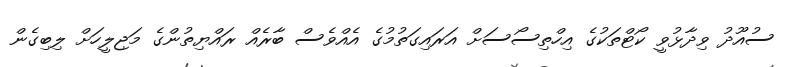
ސުއޫދު ވިދާޅުވީ ކޯޓްތަކުގެ އިހްތިސޯސަށް އަރައިގަތުމުގެ އެއްވެސް ބާރެއް ރައްޔިތުންގެ މަޖިލީހަށް ލިބިގެން